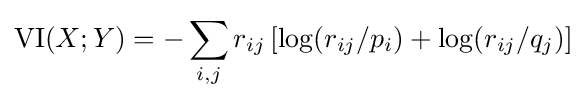
\mathrm {VI} (X;Y)=-\sum _{i,j}r_{ij}\left[\log(r_{ij}/p_{i})+\log(r_{ij}/q_{j})\right]